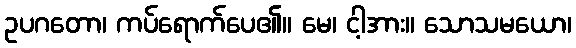
ဥပဂတော၊ ကပ်ရောက်ပေ၏။ မေ၊ ငါ့အား။ သောသမယော၊